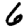
Digit: 6